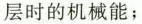
层时的机械能；